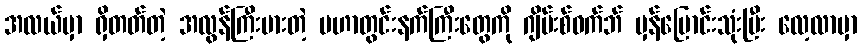
အလယ်မှာ ရှိတတ်တဲ့ အလွန်ကြီးမားတဲ့ မဟာတွင်းနက်ကြီးတွေကို ဂျိမ်းစ်ဝက်ဘ် မှန်ပြောင်းသုံးပြီး လေ့လာမှာ